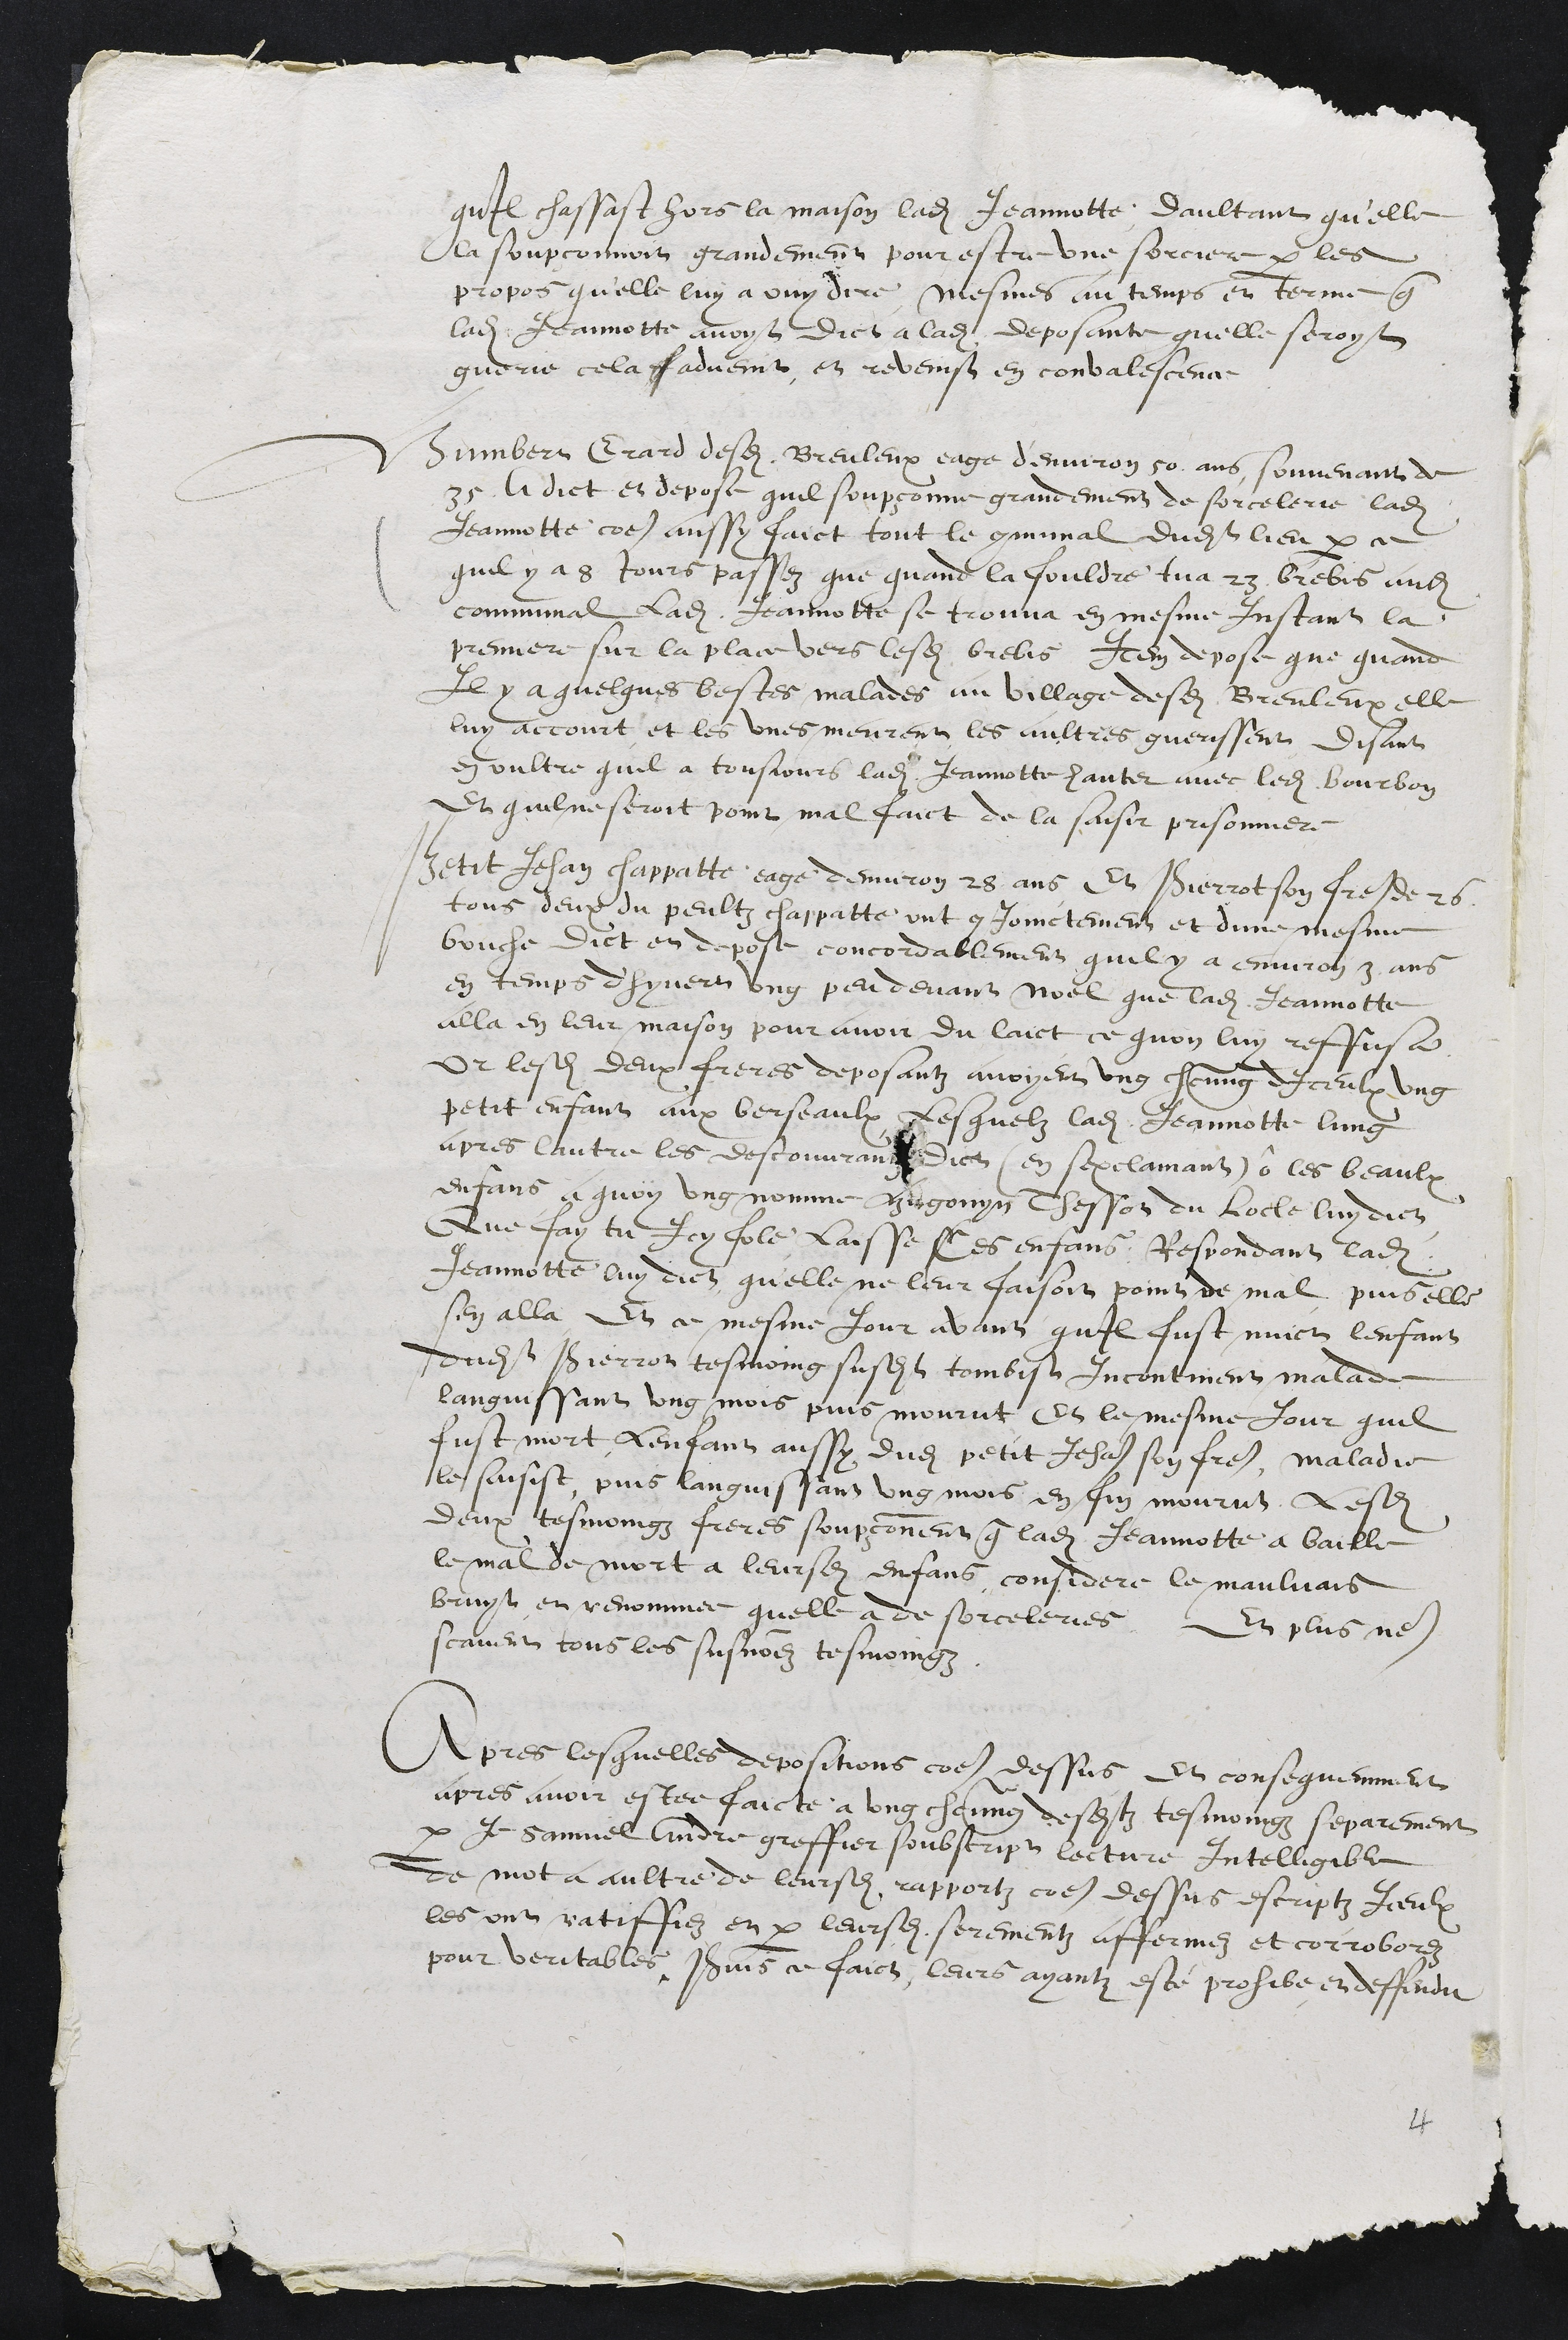
quil chassast hors la maison ladite Jeannotte, daultant qu'elle
la soupçonnoit grandement pour estre une sorciere par les
propos quelle luy a ouy dire mesmes au temps et terme que
ladite Jannotte avoyt dict a ladite deposante quelle seroyt
guerie cela f adveint et reveinst en convalescence.
Humbert Girard desdits Breuleux eage d'environ 50 ans souvenant de
35 A dict et depose quil soupçonne grandement de sorcelerie ladite
Jeannotte comme aussy faict tout le communal dudit lieu par ce
quil y a 8 Jours passez que quand la fouldre tua 23 brebis audit
communal ladite Jeannotte se trouva en mesme Instant la
premiere sur la place vers lesdites brebis Item depose que quand
Il y a quelques bestes malades au village desdits Breuleux elle
luy accourt et les unes meurent les aultres guerissent disant
en oultre quil a tousjours vu ladite Jannotte hanter avec ledit Bourbon
Et quil ne seroit point mal faict de la saisir prisonniere.
Petit Jehan chappatte eage denviron 28 ans et Pierrot son frere de 26
tous deux du peultz chappatte ont conjoinctement et dune mesme
bouche dict et depose concordablement quil y a environ 3 ans
en temps dhyvert ung peu devant Noel que ladite Jeannotte
alla en leur maison pour avoir du laict ce quon luy reffusa
Et lesdits deux freres deposantz avoyent ung chacung dIceulx ung
petit enfant aux berseaulx lesquelz ladite Jeannotte lung
apres lautre les descouvrant dict (en sexclamant) ô les beaulx
enfans a quoy ung nomme Hugonyn Thessot du Locle luy dict
Que fay tu Icy fole laisse Ces enfans, Respondant ladite
Jeannotte luy dict qu'elle ne leur faisoit point de mal puis elle
sen alla Et ce mesme jour avant quil fust nuict lenfans
dudit Pierrot tesmoing susdit tombist Incontinent malade
languissant ung mois puis mourut Et le mesme jour quil
fust mort Lenfans aussy dudit petit Jehan son frere, maladie
le saisist puis languissant ung mois enfin mourut. Lesdits
deux tesmoingz freres soupçonnent que ladite Jeannotte a baille
le mal de mort a leursdits enfans considere le maulvais
bruit et renommee quelle a de sorceleries. Et plus nen
scavent tous les susnommez tesmoingz.
Apres lesquelles depositions comme dessus et consequemment
apres avoir estee faicte a ung chacung desditz tesmoingz separement
par Je Samuel Andre greffier soubscript lecture Intelligible
de mot a aultre de leursdits rapportz comme dessus escriptz Iceulx
les ont ratiffiez et par leursdits serementz affermez et corroborez
pour veritables. Puis ce faict leurs ayantz este prohibe et deffendu